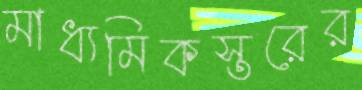
মাধ্যমিকস্তরের